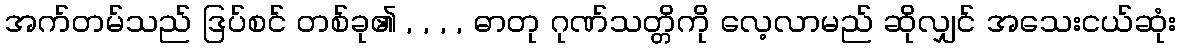
အက်တမ်သည် ဒြပ်စင် တစ်ခု၏ , , , , ဓာတု ဂုဏ်သတ္တိကို လေ့လာမည် ဆိုလျှင် အသေးငယ်ဆုံး